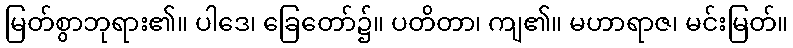
မြတ်စွာဘုရား၏။ ပါဒေ၊ ခြေတော်၌။ ပတိတာ၊ ကျ၏။ မဟာရာဇ၊ မင်းမြတ်။